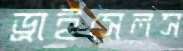
ড্রাইসেলস